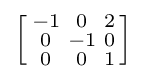
\left[{\begin{smallmatrix}-1&0&2\\0&-1&0\\0&0&1\\\end{smallmatrix}}\right]